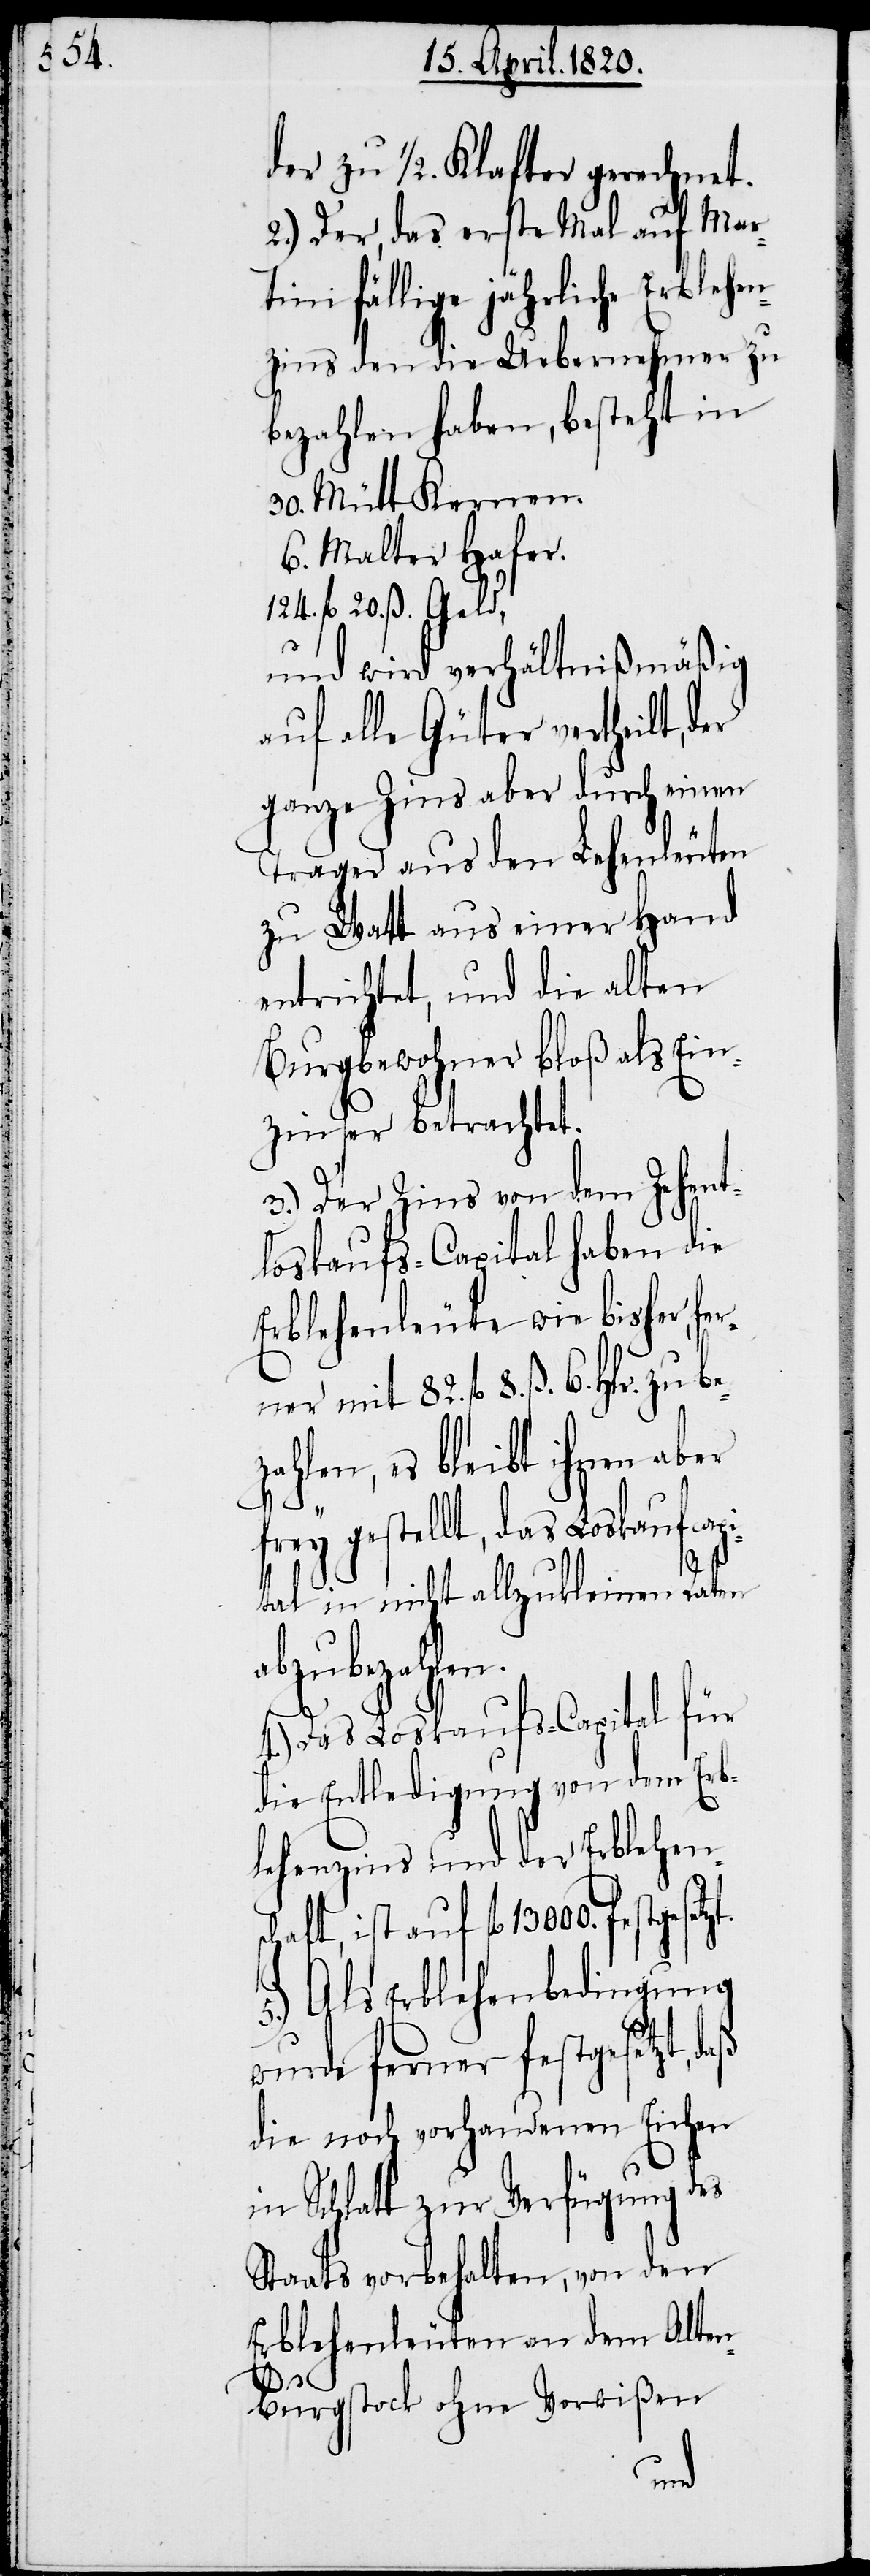
der zu 1/2. Klafter gerechnet.
2.) Der, das erste Mal auf Mar¬
tini fällige jährliche Erblehen¬
zins den die Uebernehmer zu
bezahlen haben, besteht in
30. Mütt Kernen.
6. Malter Hafer.
124. fl. 20. β.
und wird verhältniβmäβig
auf alle Güter vertheilt, der
ganze Zins aber durch einen
Trager aus den Lehenleuten
zu Watt aus einer Hand
entrichtet, und die alten
Burgbewohner bloβ als Ein¬
zinser betrachtet.
3.) Der Zins von dem Zehent¬
loskaufs-Capital haben die
Erblehenleute wie bisher,
ahlen, es bleibt ihnen aber
frey gestellt, das Loskaufcapi¬
tal in nicht allzukleinen Raten
gesetzt.
4.) Das Loskaufs-Capital für
die Entledigung von dem Erb¬
lehenzins und der Erblehens¬
chaft, ist auf fl. 13000. fest¬
5.) Gls Erblehenbedingung
wurde ferner festgesetzt,
die noch vorhandenen Eichen
in Schlatt zur Verfügung des
Staats vorbehalten, von den
Erblehenleuten an dem Alten
6.
Burgstock ohne Vorwiβen
a¬